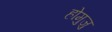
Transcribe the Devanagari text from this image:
होमुजु